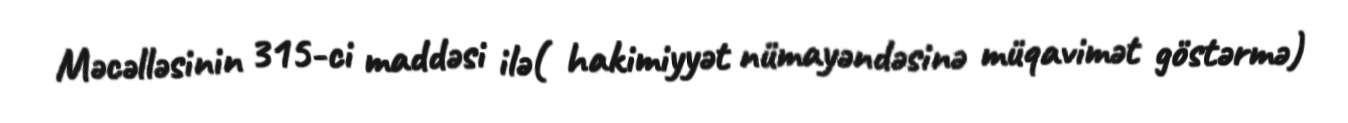
Məcəlləsinin 315-ci maddəsi ilə( hakimiyyət nümayəndəsinə müqavimət göstərmə)